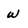
Character: W